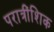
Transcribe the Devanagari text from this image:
परात्रींशिक